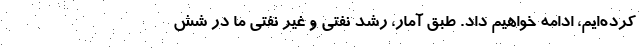
کرده‌ایم، ادامه خواهیم داد. طبق آمار، رشد نفتی و غیر نفتی ما در شش